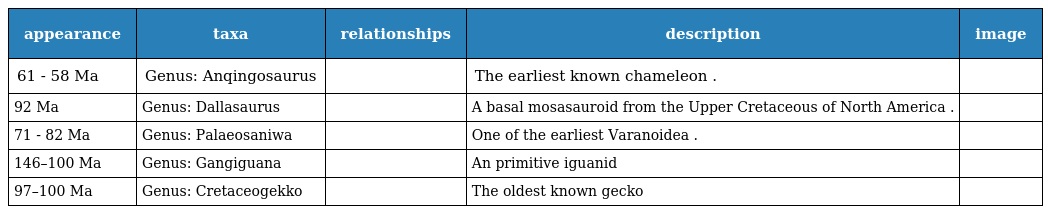
| appearance | taxa | relationships | description | image |
 | --- | --- | --- | --- | --- |
 | 61 - 58 Ma | Genus: Anqingosaurus |  | The earliest known chameleon . |  |
 | 92 Ma | Genus: Dallasaurus |  | A basal mosasauroid from the Upper Cretaceous of North America . |  |
 | 71 - 82 Ma | Genus: Palaeosaniwa |  | One of the earliest Varanoidea . |  |
 | 146–100 Ma | Genus: Gangiguana |  | An primitive iguanid |  |
 | 97–100 Ma | Genus: Cretaceogekko |  | The oldest known gecko |  |